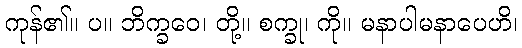
ကုန်၏။ ပ။ ဘိက္ခဝေ၊ တို့။ စက္ခု၊ ကို။ မနာပါမနာပေဟိ၊